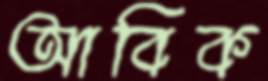
আবিক